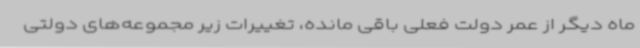
ماه دیگر از عمر دولت فعلی باقی مانده، تغییرات زیر مجموعه‌های دولتی